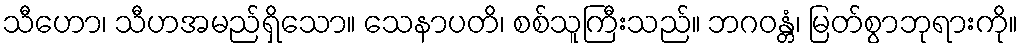
သီဟော၊ သီဟအမည်ရှိသော။ သေနာပတိ၊ စစ်သူကြီးသည်။ ဘဂဝန္တံ၊ မြတ်စွာဘုရားကို။